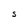
Character: S